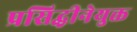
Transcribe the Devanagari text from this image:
प्रसिद्धीनेयुक्त